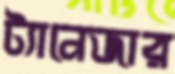
ট্যানেজার